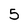
Character: 5